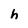
Character: h